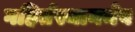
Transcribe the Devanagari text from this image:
गहिर्तस्थानमेव